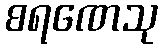
စရဏေသု